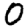
Digit: 0